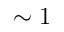
\sim 1